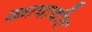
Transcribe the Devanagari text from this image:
कापावीत